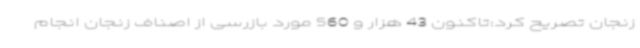
زنجان تصریح کرد:تاکنون 43 هزار و 560 مورد بازرسی از اصناف زنجان انجام